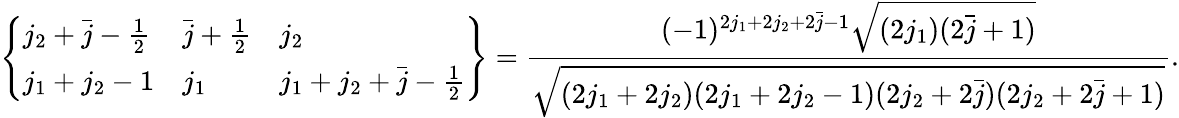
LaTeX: \left\{ \begin{array}{lll}{j_{2}+\bar{j}-\frac{1}{2}}&{\bar{j}+\frac{1}{2}}&{j_{2}}\\ {j_{1}+j_{2}-1}&{j_{1}}&{j_{1}+j_{2}+\bar{j}-\frac{1}{2}}\end{array}\right\} =\frac{(-1)^{2j_{1}+2j_{2}+2\bar{j}-1}\sqrt{(2j_{1})(2\bar{j}+1)}}{\sqrt{(2j_{1}+2j_{2})(2j_{1}+2j_{2}-1)(2j_{2}+2\bar{j})(2j_{2}+2\bar{j}+1)}}.